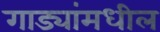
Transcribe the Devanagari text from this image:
गाड्यांमधील